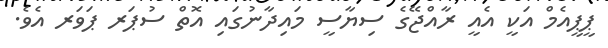
ޕީޕީއެމް އަކީ އެއީ ރާއްޖޭގެ ސިޔާސީ މައިދާނުގައި އޮތް ސުޕަރ ޕަވަރ އެވެ.